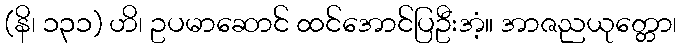
(နိ၊ ၁၃၁) ဟိ၊ ဥပမာဆောင် ထင်အောင်ပြဦးအံ့။ အာဇညယုတ္တော၊